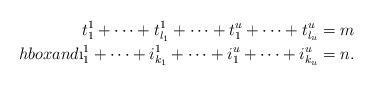
LaTeX: \begin{align*}t^1_1+\cdots + t^1_{l_1} + \cdots +t^u_1+\cdots + t^u_{l_u} = m\\hbox { and } \i^1_1+\cdots + i^1_{k_1} + \cdots +i^u_1+\cdots + i^u_{k_u} = n.\end{align*}